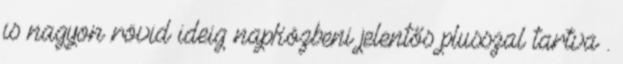
is nagyon rövid ideig napközbeni jelentős plusszal tartva .